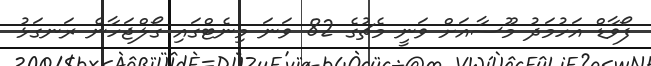
ފޯވާޑް އަހުމަދު މޫސާއަށް ވަނީ މެޗުގެ 82 ވަނަ މިނެޓްގައި ގޯލްޖަހާނެ ރަނގަޅު